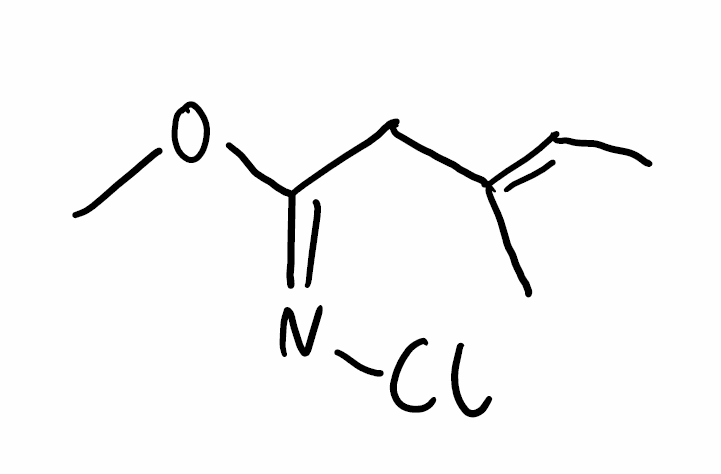
Simplified molecular-input line-entry system (SMILES) notation of the given molecule:
C/C=C(\C)/C/C(=N\Cl)/OC